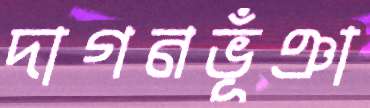
দাগনভূঁঞা